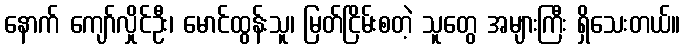
နောက် ကျော်လှိုင်ဦး၊ မောင်ထွန်းသူ၊ မြတ်ငြိမ်းစတဲ့ သူတွေ အများကြီး ရှိသေးတယ်။